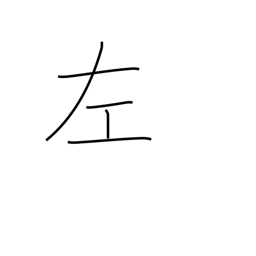
Meaning: left